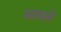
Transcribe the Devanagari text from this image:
मावते